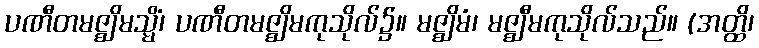
ပဏီတမဇ္ဈိမသ္မိံ၊ ပဏီတမဇ္ဈိမကုသိုလ်၌။ မဇ္ဈိမံ၊ မဇ္ဈီမကုသိုလ်သည်။ (အတ္ထိ၊